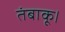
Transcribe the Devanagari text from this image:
तंबाकू।